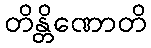
တိန္တိဏောတိ